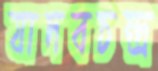
যাদবচন্দ্র